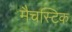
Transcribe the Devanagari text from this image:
मैचस्टिक